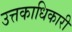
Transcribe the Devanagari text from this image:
उत्तकाधिकारी